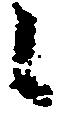
候